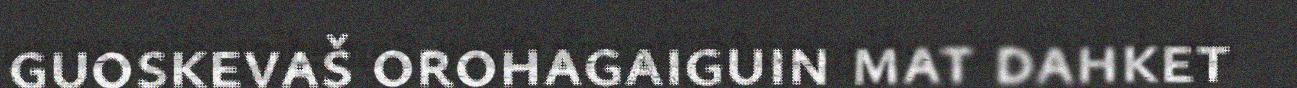
guoskevaš orohagaiguin mat dahket